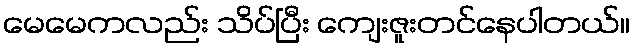
မေမေကလည်း သိပ်ပြီး ကျေးဇူးတင်နေပါတယ်။